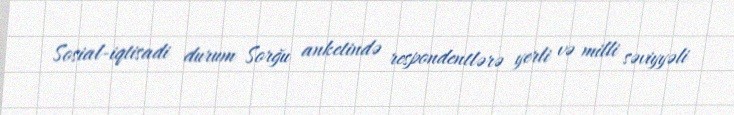
Sosial-iqtisadi durum Sorğu anketində respondentlərə yerli və milli səviyyəli